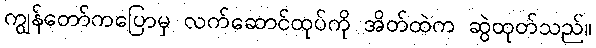
ကျွန်တော်ကပြောမှ လက်ဆောင်ထုပ်ကို အိတ်ထဲက ဆွဲထုတ်သည်။